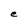
Character: e